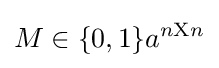
M\in \{0,1\}a^{n\mathrm {X} n}